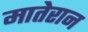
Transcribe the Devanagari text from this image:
मातेरान